Plague in India, 1896, 1897 - Volume 1
Year: 1896
Disease focus: Plague
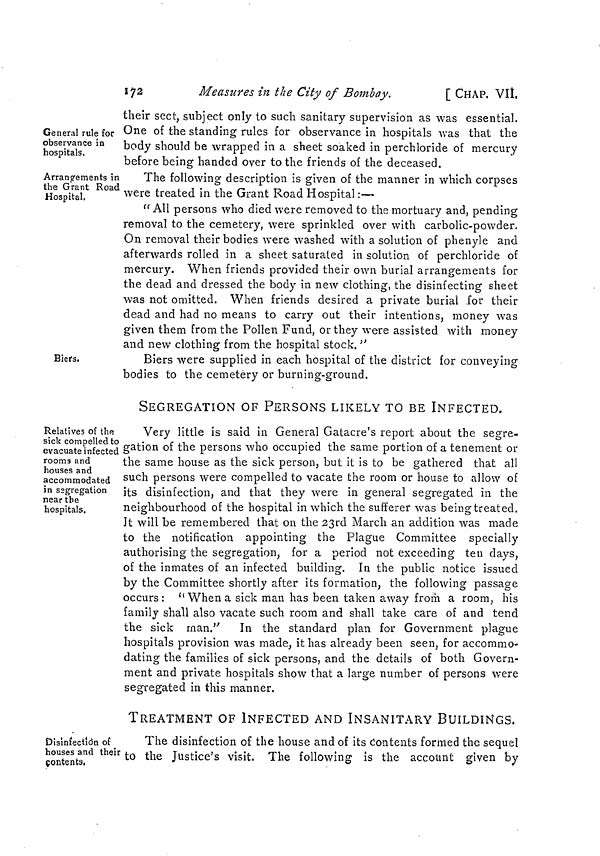
172
Measures in the City of Bombay.
[ CHAP. VII.
General rule for
observance in
hospitals.
their sect, subject only to such sanitary supervision as was essential.
One of the standing rules for observance in hospitals was that the
body should be wrapped in a sheet soaked in perchloride of mercury
before being handed over to the friends of the deceased.
Arrangements in
the Grant Road
Hospital.
The following description is given of the manner in which corpses
were treated in the Grant Road Hospital :—
" All persons who died were removed to the mortuary and, pending
removal to the cemetery, were sprinkled over with carbolic-powder.
On removal their bodies were washed with a solution of phenyle and
afterwards rolled in a sheet saturated in solution of perchloride of
mercury. When friends provided their own burial arrangements for
the dead and dressed the body in new clothing, the disinfecting sheet
was not omitted. When friends desired a private burial for their
dead and had no means to carry out their intentions, money was
given them from the Pollen Fund, or they were assisted with money
and new clothing from the hospital stock. "
Biers,
Biers were supplied in each hospital of the district for conveying
bodies to the cemetery or burning-ground.
Relatives of the
sick compelled to
evacuate infected
rooms and
houses and
accommodated
in segregation
near the
hospitals.
SEGREGATION OF PERSONS LIKELY TO BE INFECTED.
Very little is said in General Gatacre's report about the segre-
gation of the persons who occupied the same portion of a tenement or
the same house as the sick person, but it is to be gathered that all
such persons were compelled to vacate the room or house to allow of
its disinfection, and that they were in general segregated in the
neighbourhood of the hospital in which the sufferer was being treated.
It will be remembered that on the 23rd March an addition was made
to the notification appointing the Plague Committee specially
authorising the segregation, for a period not exceeding ten days,
of the inmates of an infected building. In the public notice issued
by the Committee shortly after its formation, the following passage
occurs: "When a sick man has been taken away from a room, his
family shall also vacate such room and shall take care of and tend
the sick man."
In the standard plan for Government plague
hospitals provision was made, it has already been seen, for accommo-
dating the families of sick persons, and the details of both Govern-
ment and private hospitals show that a large number of persons were
segregated in this manner.
Disinfection of
houses and their
contents,
TREATMENT OF INFECTED AND INSANITARY BUILDINGS.
The disinfection of the house and of its contents formed the sequel
to the Justice's visit. The following is the account given by